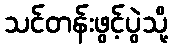
သင်တန်းဖွင့်ပွဲသို့